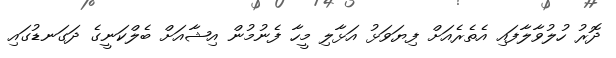
ދޮރު ހުލުވާލާފައި އެތެރެއަށް ފިޔަވަޅު އަޅާލި މީހާ ފެނުމުން އިޝާއަށް ބެލްކަނީގެ ދަގަނޑުގައި